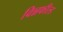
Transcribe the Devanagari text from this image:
विन्नफील्ड